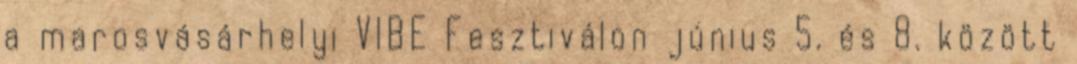
a marosvásárhelyi VIBE Fesztiválon június 5. és 8. között